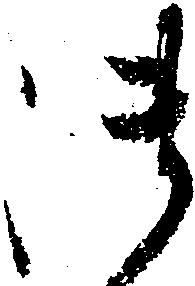
御